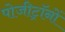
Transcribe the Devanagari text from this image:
पोजीट्रॉनों